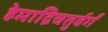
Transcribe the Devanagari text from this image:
हेमाद्रिचतुर्वर्गं